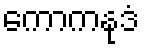
ကောကနုဒံ